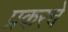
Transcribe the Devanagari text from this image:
प्रकरचे